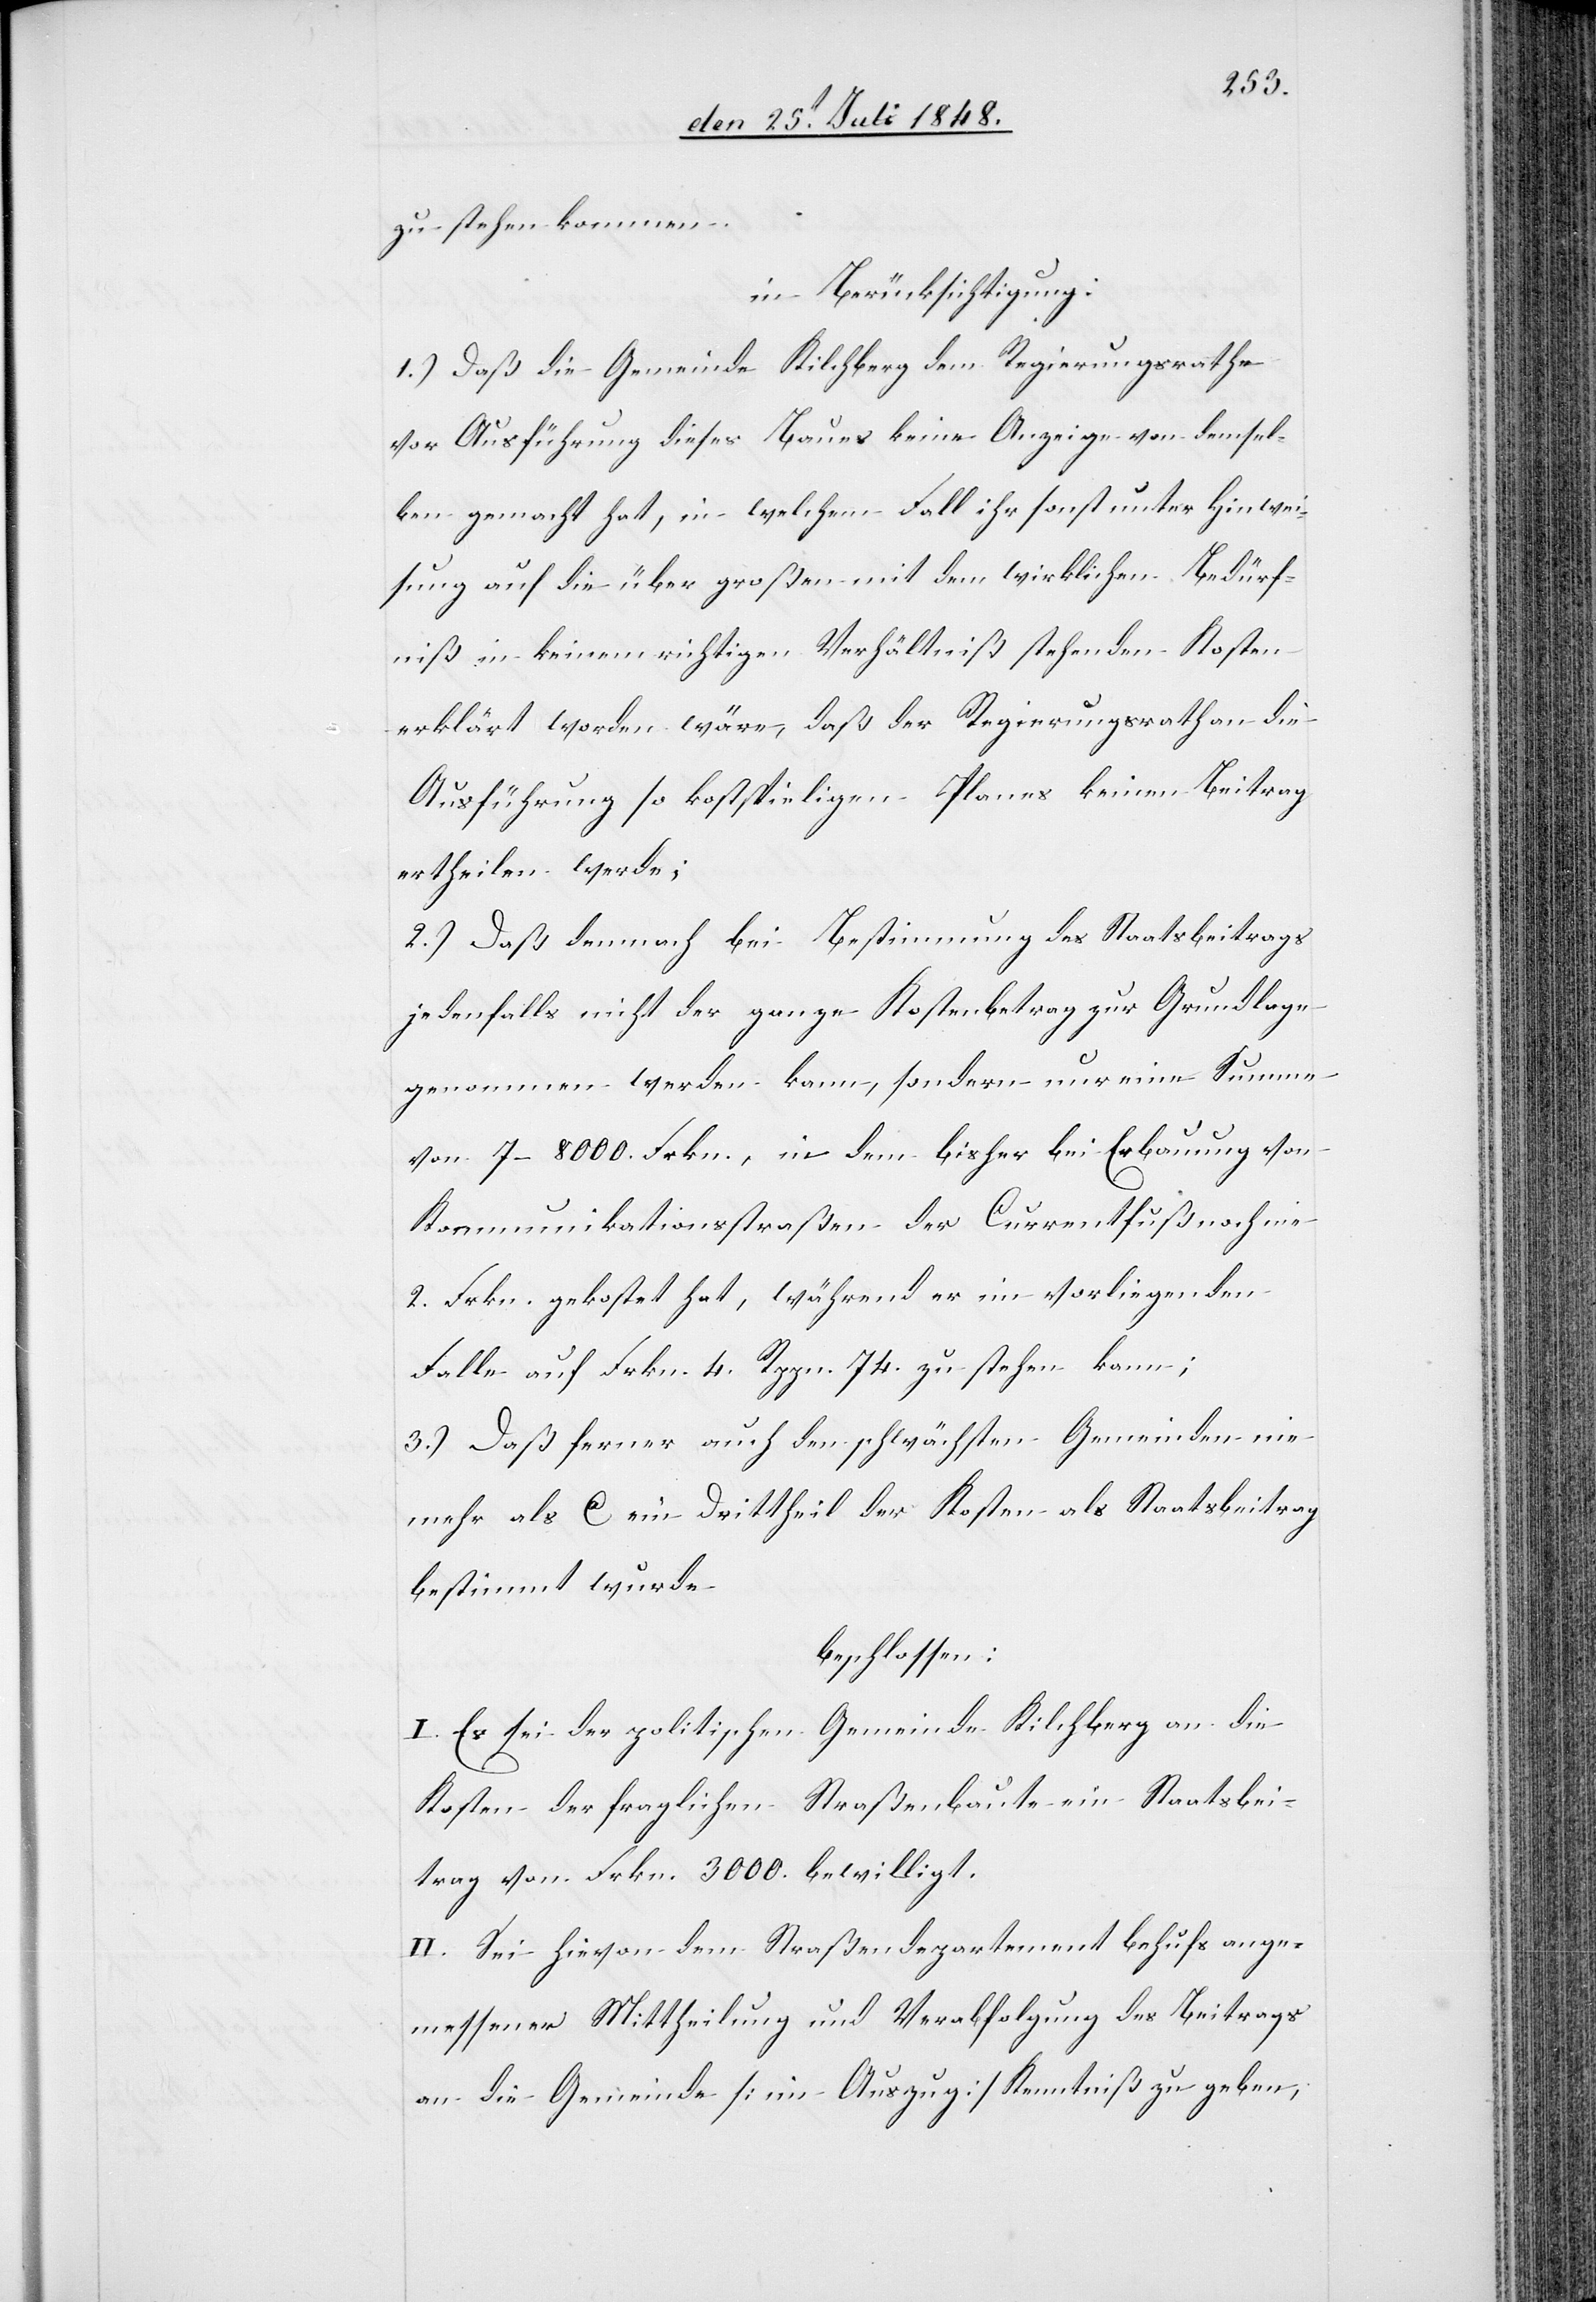
zu stehen kommen
in Berücksichtigung:
1.) Daß die Gemeinde Kilchberg dem Regierungsrathe
vor Ausführung dieses Baues keine Anzeige von demsel¬
ben gemacht hat, in welchem Fall ihr sonst unter Hinwei¬
sung auf die über großen mit dem wirklichen Bedürf¬
niß in keinem richtigen Verhältniß stehenden Kosten
erklärt worden wäre, daß der Regierungsrath an die
Ausführung so kostspieligen Planes keinen Beitrag
ertheilen werde;
2.) Daß demnach bei Bestimmung des Staatsbeitrags
jedenfalls nicht der ganze Kostenbetrag zur Grundlange
genommen werden kann, sondern nur eine Summe
von 7–8000. Frkn., in dem bisher bei Erbauung von
Kommunikationsstraßen der Currentfuß noch nie
2. Frkn. gekostet hat, während er im vorliegenden
Falle auf Frkn. 4. Rppn. 74. zu stehen kann.
3.) Daß ferner auch den schwächsten Gemeinden nie
mehr als ca. ein Drittheil der Kosten als Staatsbeitrag
bestimmt wurde
beschlossen:
I. Es sei der politischen Gemeinde Kilchberg an die
Kosten der fraglichen Straßenbaute ein Staatsbei¬
trag von Frkn. 3000. bewilligt.
II. Sei hievon dem Straßendepartement behufs ange¬
messener Mittheilung und Verabfolgung des Beitrags
an die Gemeinde [im Auszug] Kenntniß zu geben,